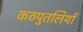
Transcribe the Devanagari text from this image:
कठपुतलियाँ